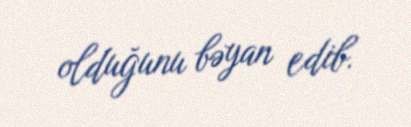
olduğunu bəyan edib.